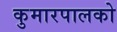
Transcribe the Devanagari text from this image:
कुमारपालको